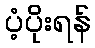
ပံ့ပိုးရန်